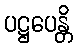
ပဋ္ဌပေန္တိ